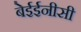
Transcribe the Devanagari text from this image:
बेईईनीसी